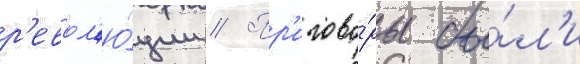
р'евол'ю́ции // Пр'игово́ры бы́л'и